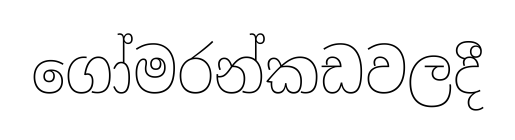
ගෝමරන්කඩවලදී